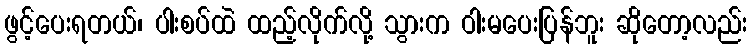
ဖွင့်ပေးရတယ်၊ ပါးစပ်ထဲ ထည့်လိုက်လို့ သွားက ဝါးမပေးပြန်ဘူး ဆိုတော့လည်း